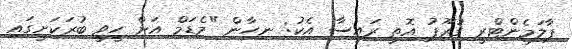
ޕާލަމެންޓްރީ ގުރޫޕު އޮތީ ރައީސާ އެކު: ނިހާން "މެޑަމް އަށް ހީވީ ބުރަކަށީގައި